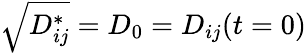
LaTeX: \sqrt{D_{ij}^{*}}=D_{0}=D_{ij}(t=0)